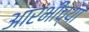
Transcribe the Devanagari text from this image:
आरंभींच्या